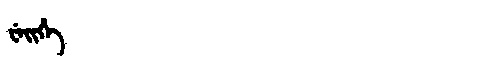
Manchu: ᠸᡝᡳᡥᡝ
Romanization: WEIHE